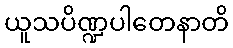
ယူသပိဏ္ဍပါတေနာတိ